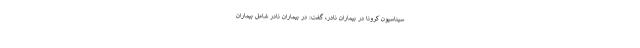
سیناسیون کرونا در بیماران نادر، گفت: در بیماران نادر شامل بیماران